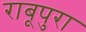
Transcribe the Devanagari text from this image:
राबूपुरा